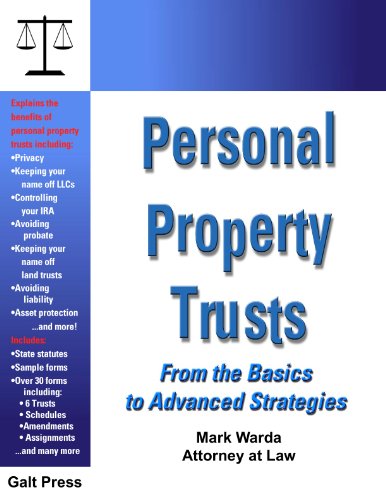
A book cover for Personal Property Trusts; Mark Warda; Law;